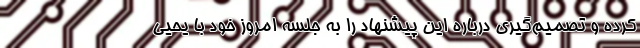
کرده و تصمیم‌گیری درباره این پیشنهاد را به جلسه امروز خود با یحیی